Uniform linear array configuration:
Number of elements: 8
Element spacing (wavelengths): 0.75
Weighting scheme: kaiser
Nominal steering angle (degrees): -60
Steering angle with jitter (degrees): -61.513
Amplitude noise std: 0.05
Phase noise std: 0.05

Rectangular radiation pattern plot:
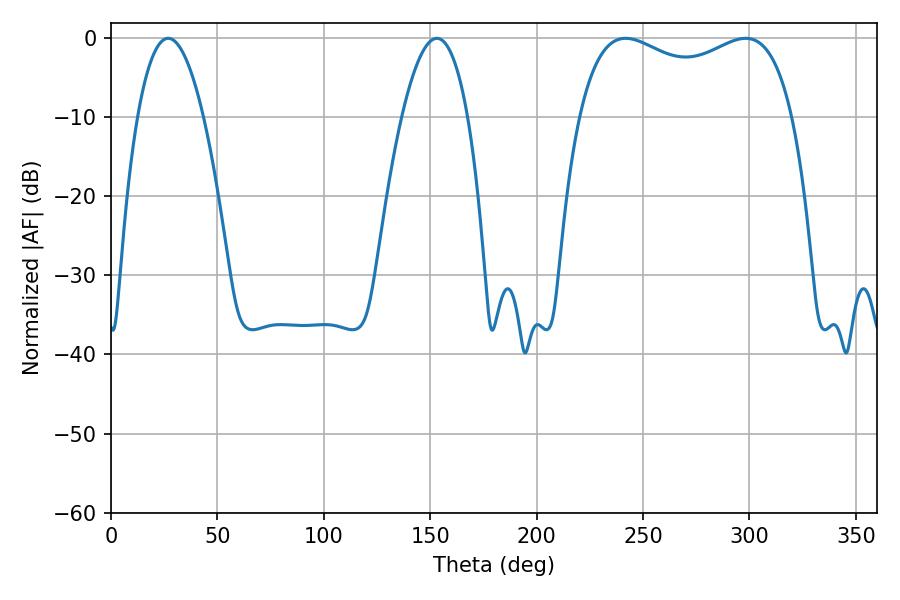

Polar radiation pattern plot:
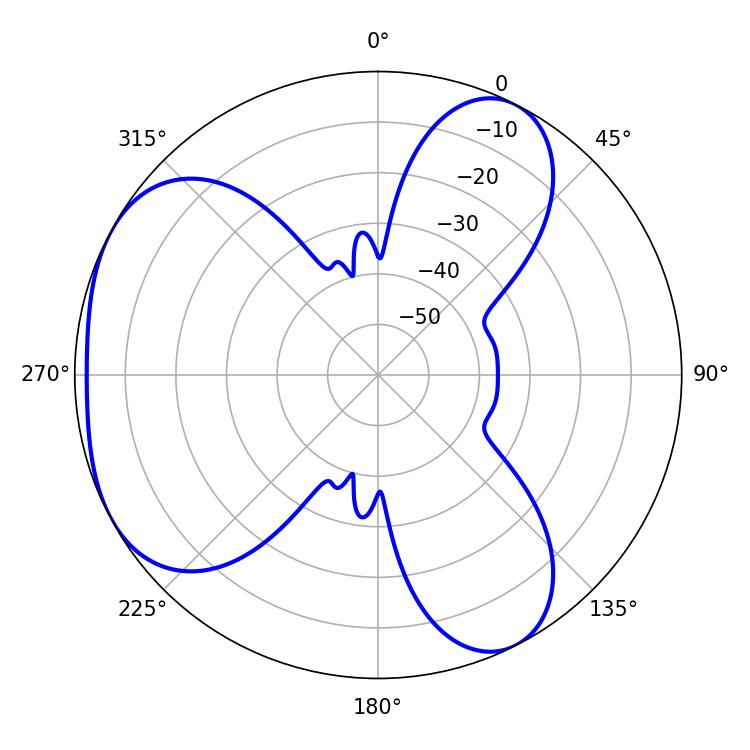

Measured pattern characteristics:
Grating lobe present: TRUE
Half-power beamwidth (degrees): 83.16
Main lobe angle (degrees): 241.74